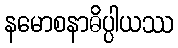
နမောစနာဓိပ္ပါယဿ